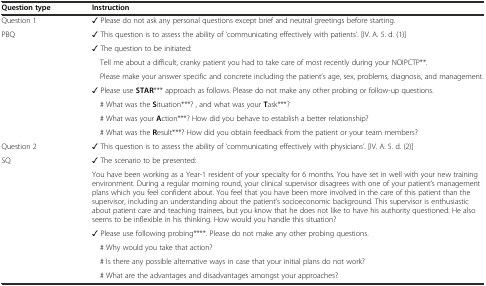
<table><thead><tr><td><b>Question type</b></td><td><b>Instruction</b></td></tr></thead><tbody><tr><td>Question 1</td><td>✓Please do not ask any personal questions except brief and neutral greetings before starting.</td></tr><tr><td>PBQ</td><td>✓This question is to assess the ability of ‘communicating effectively with patients’. [IV. A. 5. d. (1)]</td></tr><tr><td rowspan="2">[EMPTY_CELL]</td><td>✓The question to be initiated:</td></tr><tr><td> Tell me about a difficult, cranky patient you had to take care of most recently during your NOIPCTP**.</td></tr><tr><td>[EMPTY_CELL]</td><td> Please make your answer specific and concrete including the patient’s age, sex, problems, diagnosis, and management.</td></tr><tr><td>[EMPTY_CELL]</td><td>✓Please use <b>STAR</b>*** approach as follows. Please do not make any other probing or follow-up questions.</td></tr><tr><td>[EMPTY_CELL]</td><td> # What was the <b>S</b>ituation***? , and what was your <b>T</b>ask***?</td></tr><tr><td>[EMPTY_CELL]</td><td> # What was your <b>A</b>ction***? How did you behave to establish a better relationship?</td></tr><tr><td>[EMPTY_CELL]</td><td> # What was the <b>R</b>esult***? How did you obtain feedback from the patient or your team members?</td></tr><tr><td>Question 2</td><td>✓This question is to assess the ability of ‘communicating effectively with physicians’. [IV. A. 5. d. (2)]</td></tr><tr><td rowspan="2">SQ</td><td>✓The scenario to be presented:</td></tr><tr><td>You have been working as a Year-1 resident of your specialty for 6 months. You have set in well with your new training environment. During a regular morning round, your clinical supervisor disagrees with one of your patient’s management plans which you feel confident about. You feel that you have been more involved in the care of this patient than the supervisor, including an understanding about the patient’s socioeconomic background. This supervisor is enthusiastic about patient care and teaching trainees, but you know that he does not like to have his authority questioned. He also seems to be inflexible in his thinking. How would you handle this situation?</td></tr><tr><td>[EMPTY_CELL]</td><td>✓Please use following probing****. Please do not make any other probing questions.</td></tr><tr><td>[EMPTY_CELL]</td><td> # Why would you take that action?</td></tr><tr><td>[EMPTY_CELL]</td><td> # Is there any possible alternative ways in case that your initial plans do not work?</td></tr><tr><td>[EMPTY_CELL]</td><td> # What are the advantages and disadvantages amongst your approaches?</td></tr></tbody></table>